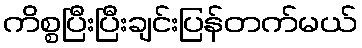
ကိစ္စပြီးပြီးချင်းပြန်တက်မယ်